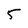
Character: 5